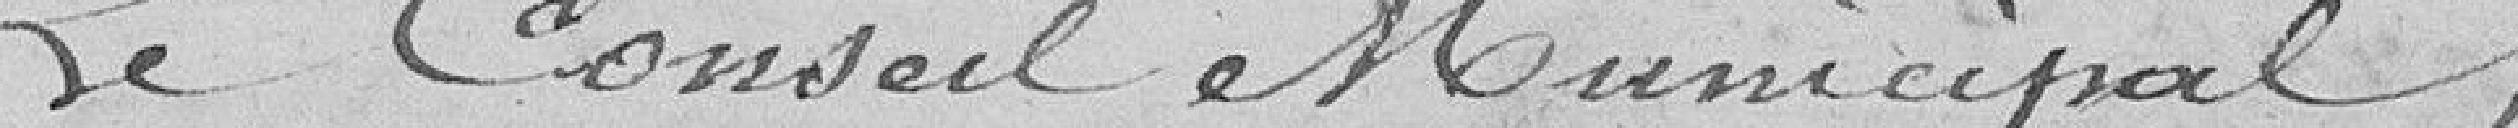
Le Conseil Municipal